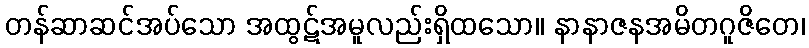
တန်ဆာဆင်အပ်သော အထွဋ်အမူလည်းရှိထသော။ နာနာဇနအမိတဂူဇိတေ၊